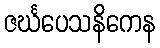
ဇင်္ဃပေသနိကေန